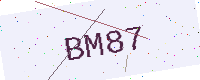
Text: BM87